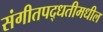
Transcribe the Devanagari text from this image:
संगीतपद्धतीमधील